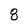
Character: 8